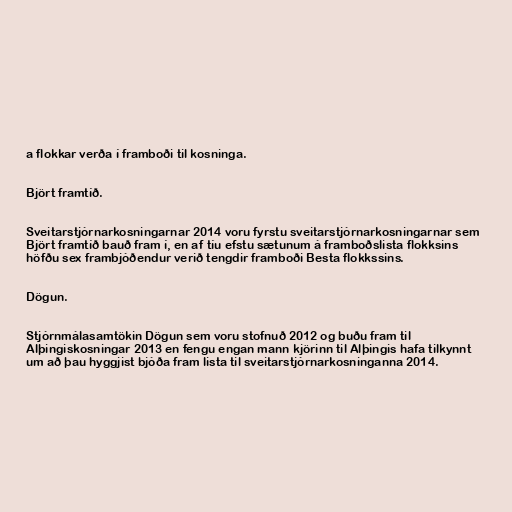
a flokkar verða í framboði til kosninga.

Björt framtíð.

Sveitarstjórnarkosningarnar 2014 voru fyrstu sveitarstjórnarkosningarnar sem
Björt framtíð bauð fram í, en af tíu efstu sætunum á framboðslista flokksins
höfðu sex frambjóðendur verið tengdir framboði Besta flokkssins.

Dögun.

Stjórnmálasamtökin Dögun sem voru stofnuð 2012 og buðu fram til
Alþingiskosningar 2013 en fengu engan mann kjörinn til Alþingis hafa tilkynnt
um að þau hyggjist bjóða fram lista til sveitarstjórnarkosninganna 2014.